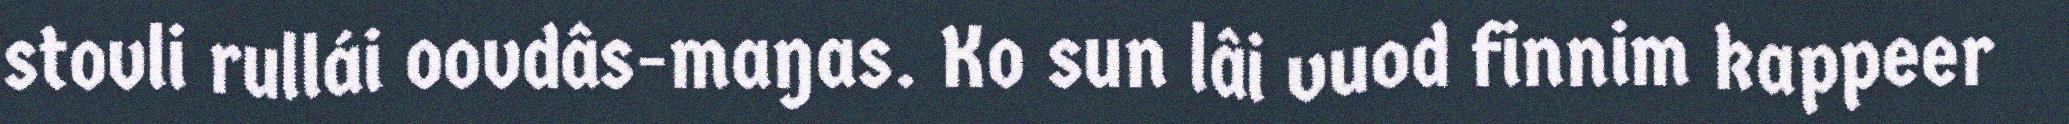
stovli rullái oovdâs-maŋas. Ko sun lâi vuod finnim kappeer